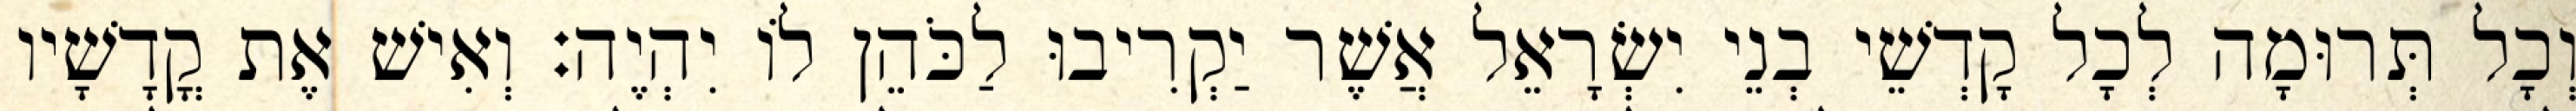
וְכָל תְּרוּמָה לְכָל קָדְשֵׁי בְנֵי יִשְׂרָאֵל אֲשֶׁר יַקְרִיבוּ לַכֹּהֵן לוֹ יִהְיֶה׃ וְאִישׁ אֶת קֳדָשָׁיו